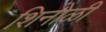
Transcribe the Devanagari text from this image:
शिनोळी